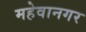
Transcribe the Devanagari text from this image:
महेवानगर